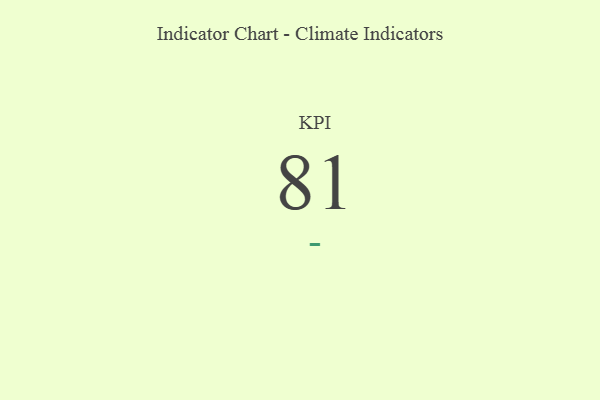
{"axis": {"x": "KPI", "y": "Value"}, "legend": [""], "data": [{"x": "KPI", "y": 81, "type": ""}]}